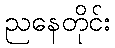
ညနေတိုင်း